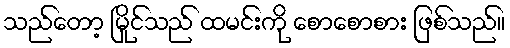
သည်တော့ မြိုင်သည် ထမင်းကို စောစောစား ဖြစ်သည်။